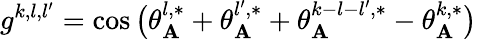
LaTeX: g^{k,l,l^{\prime}}=\cos\big(\theta_{\mathbf{A}}^{l,*}+\theta_{\mathbf{A}}^{l^{\prime},*}+\theta_{\mathbf{A}}^{k-{l}-{l^{\prime}},*}-\theta_{\mathbf{A}}^{k,*}\big)